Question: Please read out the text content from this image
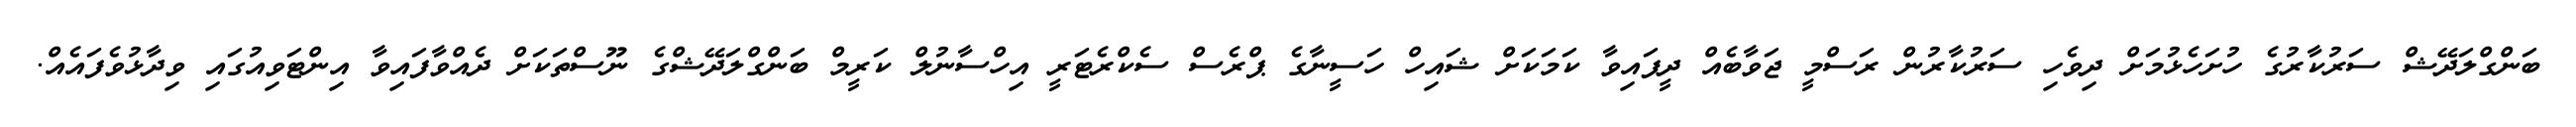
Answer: ބަންގްލަދޭޝް ސަރުކާރުގެ ހުށަހެޅުމަށް ދިވެހި ސަރުކާރުން ރަސްމީ ޖަވާބެއް ދީފައިވާ ކަމަކަށް ޝައިހް ހަސީނާގެ ޕްރެސް ސެކްރެޓަރީ އިހްސާނުލް ކަރީމް ބަންގްލަދޭޝްގެ ނޫސްތަކަށް ދެއްވާފައިވާ އިންޓަވިއުގައި ވިދާޅުވެފައެއް.